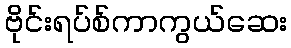
ဗိုင်းရပ်စ်ကာကွယ်ဆေး